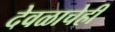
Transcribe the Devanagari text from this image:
देवळाचेही